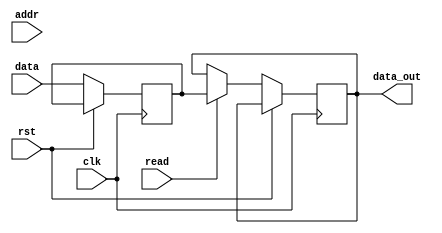
module APB_controller (
    input wire clk,
    input wire rst,
    input wire [31:0] data,
    input wire addr,
    input wire read,
    output wire [31:0] data_out
);

// Timing control parameters
parameter clock_frequency = 50_000_000; // 50MHz clock frequency
parameter setup_time = 10; // Setup time of 10 clock cycles
parameter hold_time = 5; // Hold time of 5 clock cycles

// Synchronization logic
reg [31:0] synced_data;

always @(posedge clk) begin
    if (!rst) begin
        synced_data <= data;
    end
end

// Error detection and correction logic
always @(posedge clk) begin
    // Add error detection and correction logic here
end

// APB bus controller logic
always @(posedge clk) begin
    if (!rst) begin
        if (read) begin
            // Perform read operation and update data_out
            data_out <= synced_data;
        end
    end
end

endmodule